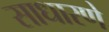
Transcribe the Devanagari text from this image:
साधारणे